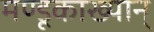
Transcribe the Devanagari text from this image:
मण्डूकाख्यान्